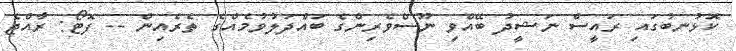
ކޮޅުނބުގައި ރައީސް ނަޝީދު ބޭއްވި ނޫސްވެރިންގެ ބައްދަލުވުމެއްގެ ތެރެއިން -- ފޮޓޯ: ރާއްޖެ